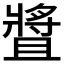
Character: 𤖛